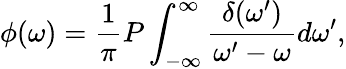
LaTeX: \phi(\omega)=\frac{1}{\pi}P\int_{-\infty}^{\infty}\frac{\delta(\omega^{\prime})}{\omega^{\prime}-\omega}d\omega^{\prime},